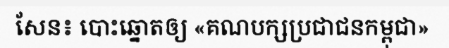
សែន៖ បោះឆ្នោតឲ្យ «គណបក្សប្រជាជនកម្ពុជា»